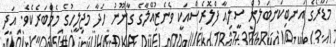
މަޑޫރޯގެ އަނބިކަނބަލުން ސީލިއާ ފްލޮރެސްއަކީ ވެނެޒުއޭލާގެ ގާނޫނު ހަދާ މަޖިލީހުގެ މެމްބަރެކެވެ. އަދި